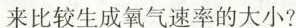
来比较生成氧气速率的大小?